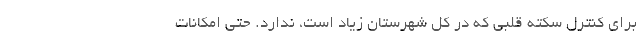
برای کنترل سکته قلبی که در کل شهرستان زیاد است، ندارد. حتی امکانات